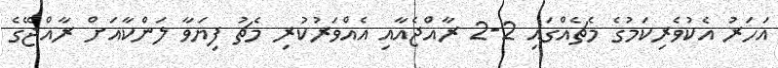
އަހަރު އެކުވެރިކަމުގެ މެޗެއްގައި 2-2 ރާއްޖެއާއި އެއްވަރުކުރި މެޗު ފިޔަވާ ލަންކާއަށް ރާއްޖޭގެ